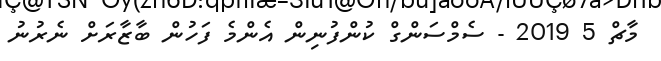
މާޗް 5 2019 - ސެމްސަންގް ކުންފުނިން އެންމެ ފަހުން ބާޒާރަށް ނެރުނު